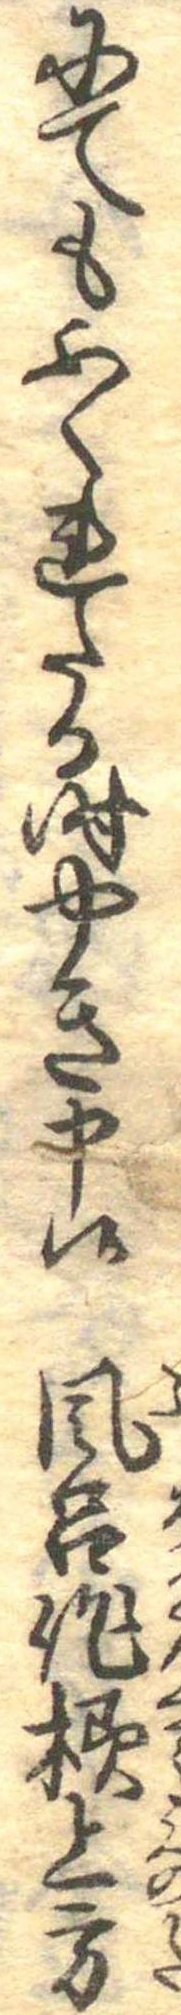
にてもふくれたる時やき申候風呂作様上方